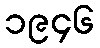
၁၉၄၆